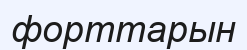
форттарын